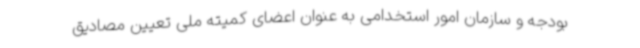
بودجه و سازمان امور استخدامی به عنوان اعضای کمیته ملی تعیین مصادیق